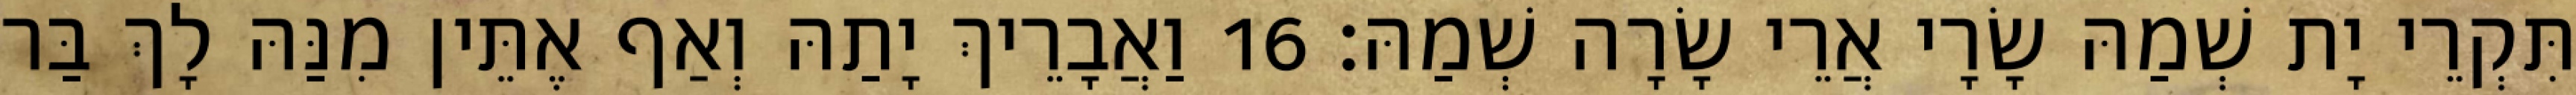
תִּקְרֵי יָת שְׁמַהּ שָׂרָי אֲרֵי שָׂרָה שְׁמַהּ׃ 16 וַאֲבָרֵיךְ יָתַהּ וְאַף אֶתֵּין מִנַּהּ לָךְ בַּר